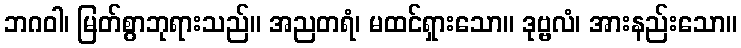
ဘဂဝါ၊ မြတ်စွာဘုရားသည်။ အညတရံ၊ မထင်ရှားသော။ ဒုဗ္ဗလံ၊ အားနည်းသော။